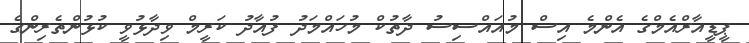
ޕީޑީއާރްއެމްގެ އެންމެ އިސް މުއައްސިސު ދާތުކް މުހައްމަދު ފުއާދު ކަރީމް ވިދާޅުވީ ކުޅުންތެރިންގެ